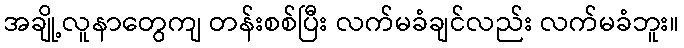
အချို့လူနာတွေကျ တန်းစစ်ပြီး လက်မခံချင်လည်း လက်မခံဘူး။